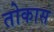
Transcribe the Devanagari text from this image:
तोकास